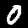
Digit: 0